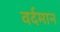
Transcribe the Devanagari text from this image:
वर्दमान